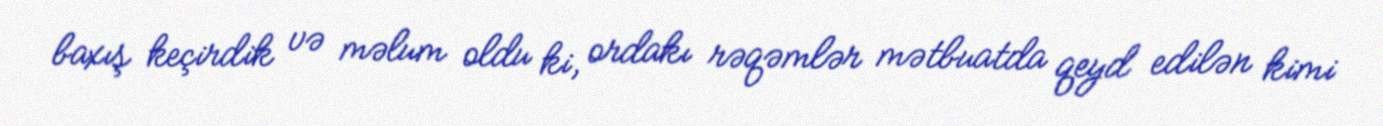
baxış keçirdik və məlum oldu ki, ordakı rəqəmlər mətbuatda qeyd edilən kimi